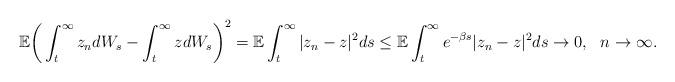
LaTeX: \begin{align*}\mathbb{E}\bigg(\int_t^\infty z_ndW_s-\int_t^\infty zdW_s\bigg)^2=\mathbb{E}\int_t^\infty |z_n-z|^2ds\leq \mathbb{E}\int_t^\infty e^{-\beta s}|z_n-z|^2ds\rightarrow0,\ \ n\rightarrow\infty.\end{align*}